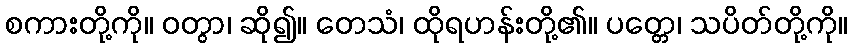
စကားတို့ကို။ ဝတွာ၊ ဆို၍။ တေသံ၊ ထိုရဟန်းတို့၏။ ပတ္တေ၊ သပိတ်တို့ကို။